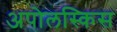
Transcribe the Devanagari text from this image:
अपोलस्किस